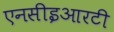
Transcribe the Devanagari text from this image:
एनसीइआरटी